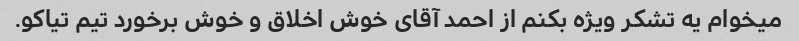
میخوام یه تشکر ویژه بکنم از احمد آقای خوش اخلاق و خوش برخورد تیم تیاکو.